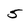
Character: 5